Civil Veterinary Department. Madras. Admin. report 1926-33 - 1926-1933
Year: 1926
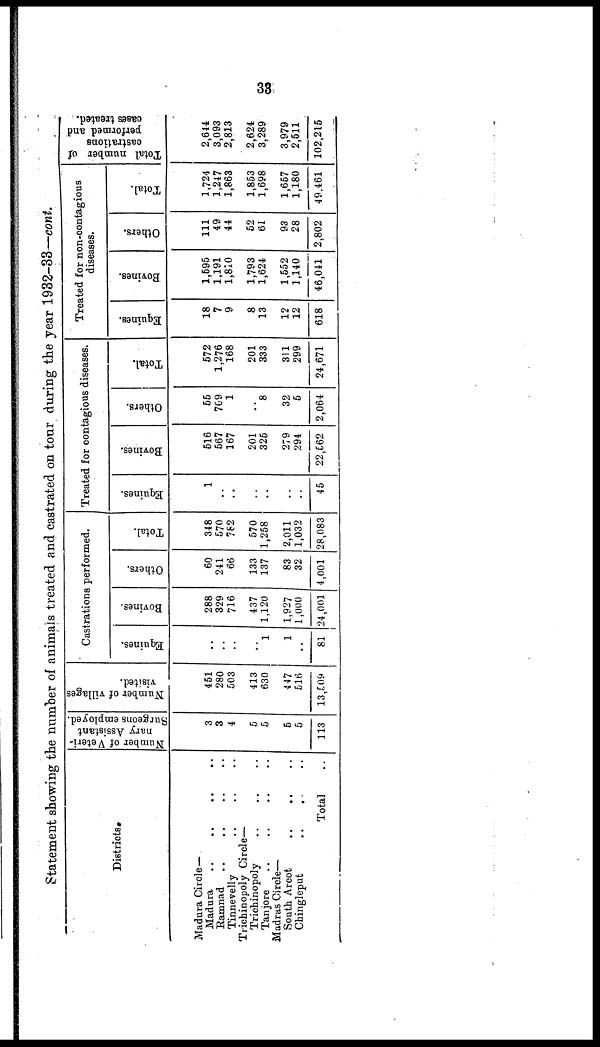
33
Statement showing the number of animals treated and castrated on tour during the year 1932-33—cont.
Districts.
Madura Circle —
Madura .. .. .. ..
Ramand .. .. .. ..
Tinnevelly .. .. ..
Trichinopoly Circle—
Trichinopoly .. .. .. ..
Tanjore .. .. .. ..
Madras Circle—
South Arcot
.. .. ..
Chingleput
..
.. ..
Total ..
Number of Veteri-
nary Assistant
Surgeons employed.
3
3
4
5
5
5
5
113
Number of villages
visited.
451
280
503
413
630
447
516
13,509
Castrations performed.
Equines.
..
..
..
..
1
1
..
81
Bovines.
288
329
716
437
1,120
1,927
1,000
24,001
Others.
60
241
66
133
137
83
32
4,001
Total.
348
570
762
570
1,258
2,011
1,032
28,083
Treated for contagious diseases.
Equines.
1
..
..
..
..
..
..
45
Bovines.
516
567
167
201
325
279
294
22,562
Others.
55
769
1
..
8
32
5
2,064
Total.
572
1,276
168
201
333
311
299
24,671
Treated for non-contagious
diseases.
Equines.
18
7
9
8
13
12
12
618
Bovines.
1,595
1,191
1,810
1,793
1,624
1,552
1,140
46,041
Others.
111
49
44
52
61
93
28
2,802
Total.
1,724
1,247
1,863
1,853
1,698
1,657
1,180
49.461
Total number of
castrations
performed and
cases treated,
2,644
3,093
2,813
2,624
3,289
3,979
2,511
102,215